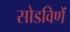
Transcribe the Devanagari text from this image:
सोडविणें